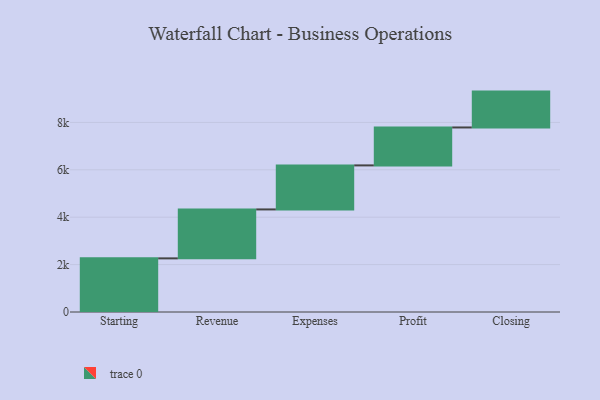
{"axis": {"x": "Step", "y": "Value"}, "legend": [""], "data": [{"x": "Starting", "y": 2263.0, "type": ""}, {"x": "Revenue", "y": 2065.0, "type": ""}, {"x": "Expenses", "y": 1858.0, "type": ""}, {"x": "Profit", "y": 1601.0, "type": ""}, {"x": "Closing", "y": 1513.0, "type": ""}]}